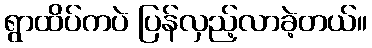
ရွာထိပ်ကပဲ ပြန်လှည့်လာခဲ့တယ်။